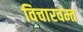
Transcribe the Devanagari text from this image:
विचारवम्त